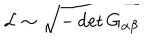
{ \cal L } \sim \sqrt { - \det G _ { \alpha \beta } }